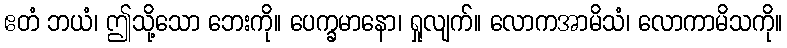
ဧတံ ဘယံ၊ ဤသို့သော ဘေးကို။ ပေက္ခမာနော၊ ရှုလျက်။ လောကအာမိသံ၊ လောကာမိသကို။